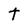
Character: t